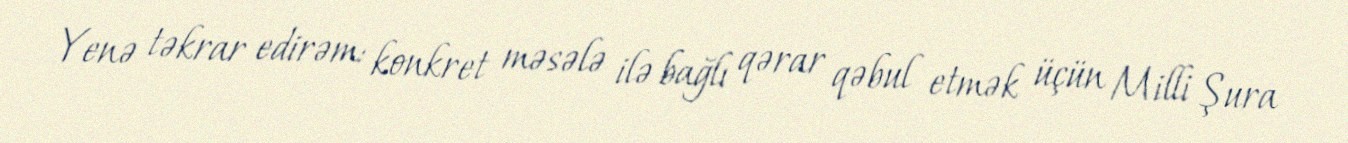
Yenə təkrar edirəm: konkret məsələ ilə bağlı qərar qəbul etmək üçün Milli Şura